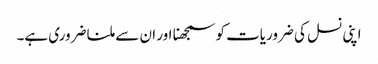
اپنی نسل کی ضروریات کو سمجھنا اور ان سے ملنا ضروری ہے۔